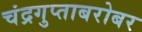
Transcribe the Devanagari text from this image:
चंद्रगुप्ताबरोबर